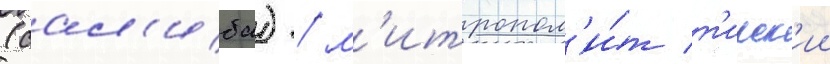
(сал'иба) / м'итропол'и́т т'ирск'ии